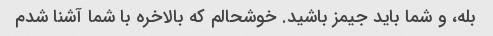
بله، و شما باید جیمز باشید. خوشحالم که بالاخره با شما آشنا شدم